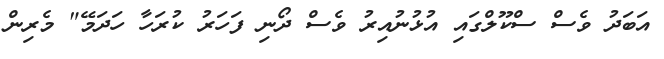
އަބަދު ވެސް ސްކޫލްގައި އުޅުނުއިރު ވެސް ދޯނި ފަހަރު ކުރަހާ ހަދަމޭ" މެރިން